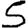
Digit: 5